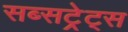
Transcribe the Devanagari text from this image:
सब्सट्रेट्स